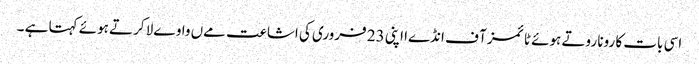
اسی بات کا رونا روتے ہوئے ٹائمز آ ف انڈےا اپنی 23 فروری کی اشاعت مےں واوےلا کرتے ہوئے کہتا ہے ۔